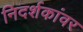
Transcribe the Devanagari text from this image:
निदर्शकांवर